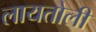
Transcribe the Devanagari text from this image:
लायतोली